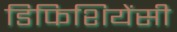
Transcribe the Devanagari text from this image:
डिफिशियेंसी